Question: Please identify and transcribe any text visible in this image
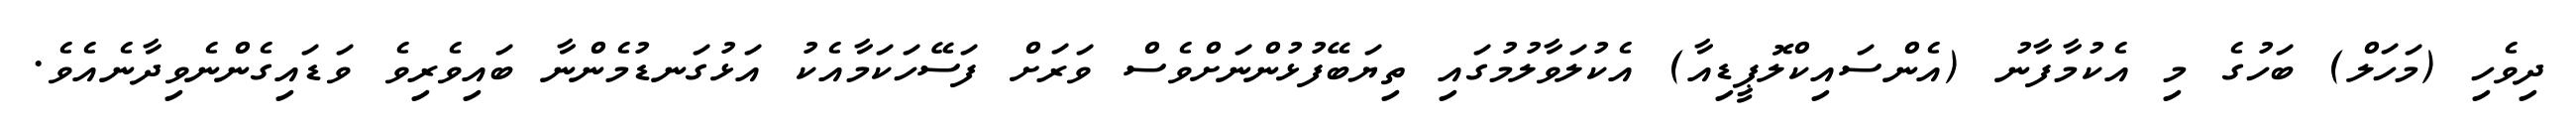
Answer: ދިވެހި (މަހަލް) ބަހުގެ މި އެކުމާފާނު (އެންސައިކްލޮޕީޑިއާ) އެކުލަވާލުމުގައި ތިޔަބޭފުޅުންނަށްވެސް ވަރަށް ފަސޭހަކަމާއެކު އަޅުގަނޑުމެންނާ ބައިވެރިވެ ވަޑައިގެންނެވިދާނެއެވެ.